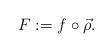
LaTeX: \begin{align*} F:= f \circ \vec \rho. \end{align*}